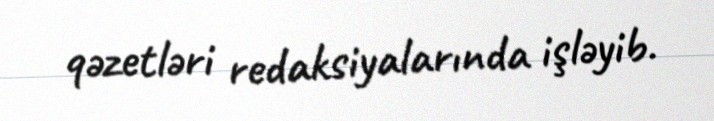
qəzetləri redaksiyalarında işləyib.